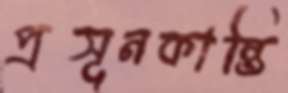
প্রসূনকান্তি